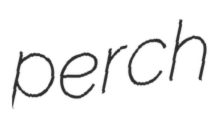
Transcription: perch